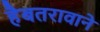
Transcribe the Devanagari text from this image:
हैबतरावाने